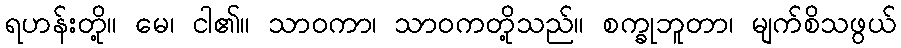
ရဟန်းတို့။ မေ၊ ငါ၏။ သာဝကာ၊ သာဝကတို့သည်။ စက္ခုဘူတာ၊ မျက်စိသဖွယ်